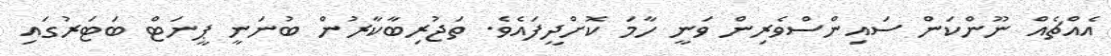
އެއްޗެއް ނޫންކަން ސައިންސްވެރިން ވަނީ ހާމަ ކޮށްދީފައެވެ. ތަޖުރިބާކާރުން ބުނަނީ ޕީނަޓް ބަޓަރުގައި